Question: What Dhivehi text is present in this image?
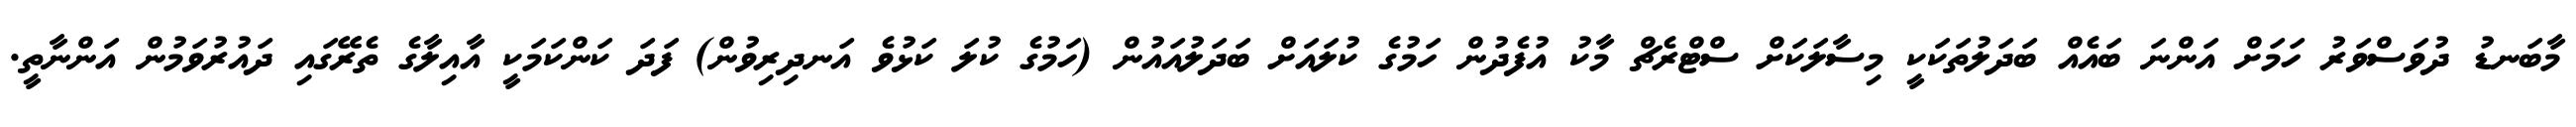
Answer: މާބަނޑު ދުވަސްވަރު ހަމަށް އަންނަ ބައެއް ބަދަލުތަކަކީ މިސާލަކަށް ސްޓްރެޗް މާކު އުފެދުން ހަމުގެ ކުލައަށް ބަދަލުއައުން (ހަމުގެ ކުލަ ކަޅުވެ އަނދިރިވުން) ފަދަ ކަންކަމަކީ އާއިލާގެ ތެރޭގައި ދައުރުވަމުން އަންނާތީ.